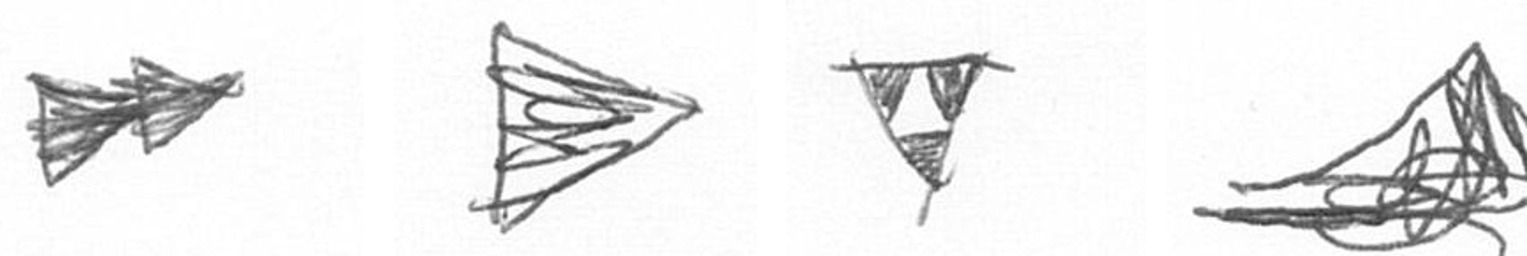
A T S O